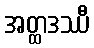
အတ္ထဒဿီ